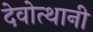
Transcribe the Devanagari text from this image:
देवोत्थानी